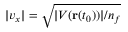
| v _ { x } | = \sqrt { | V ( \mathbf { r } ( t _ { 0 } ) ) | / n _ { f } }